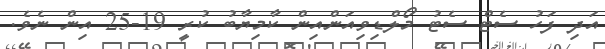
އަދި ފަހު ސެޓް ސެޓު މޯލްޑިވިއަންއިން ކާމިޔާބު ކުރީ 19-25 އިން ނެވެ.